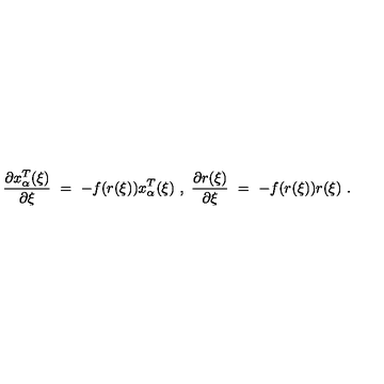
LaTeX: \frac { \partial x _ { \alpha } ^ { T } ( \xi ) } { \partial \xi } \ = \ - f ( r ( \xi ) ) x _ { \alpha } ^ { T } ( \xi ) \ , \ \frac { \partial r ( \xi ) } { \partial \xi } \ = \ - f ( r ( \xi ) ) r ( \xi ) \ .